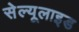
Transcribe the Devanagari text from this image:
सेल्यूलाइड